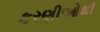
કરણીઓથી